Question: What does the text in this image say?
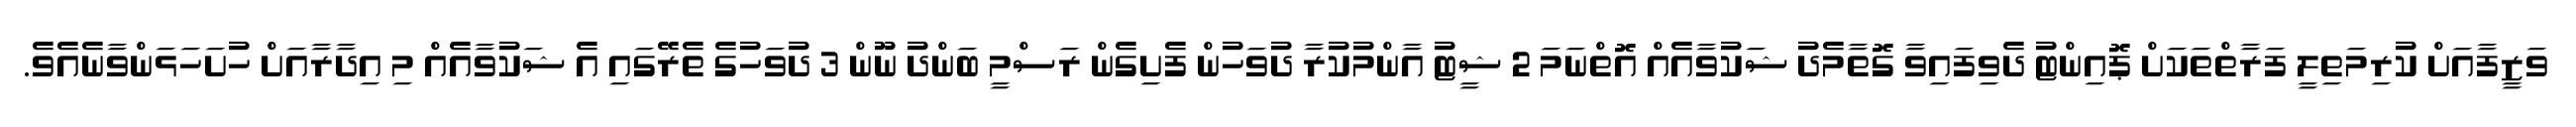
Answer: ވަޒީފާއަށް ކުރިމަތިލީ ފަރާތްތަކަށް ޕޮއިންޓު ދެވިފައިވާ ގޮތާމެދު ޝަކުވާއެއް އޮތްނަމަ 2 ޝީޓު އާންމުކުރާ ދުވަހުން ފެށިގެން ރަސްމީ ބަންދު ނޫން 3 ދުވަހުގެ ތެރޭގައި އެ ޝަކުވާއެއް މި އިދާރާއަށް ހުށަހަޅަންވާނެއެވެ.